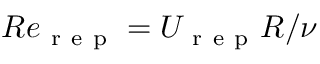
R e _ { \mathrm { ~ r ~ e ~ p ~ } } = U _ { \mathrm { ~ r ~ e ~ p ~ } } R / \nu